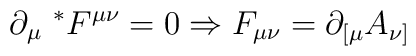
\partial_{\mu}{~}^{*}F^{\mu\nu}=0\Rightarrow F_{\mu\nu}=\partial_{[\mu}A_{\nu]}